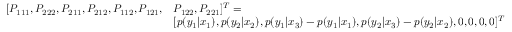
\begin{array} { r l } { [ P _ { 1 1 1 } , P _ { 2 2 2 } , P _ { 2 1 1 } , P _ { 2 1 2 } , P _ { 1 1 2 } , P _ { 1 2 1 } , } & { P _ { 1 2 2 } , P _ { 2 2 1 } ] ^ { T } = } \\ & { [ p ( y _ { 1 } | x _ { 1 } ) , p ( y _ { 2 } | x _ { 2 } ) , p ( y _ { 1 } | x _ { 3 } ) - p ( y _ { 1 } | x _ { 1 } ) , p ( y _ { 2 } | x _ { 3 } ) - p ( y _ { 2 } | x _ { 2 } ) , 0 , 0 , 0 , 0 ] ^ { T } } \end{array}